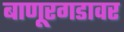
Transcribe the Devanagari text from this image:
बाणूरगडावर